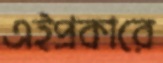
এইপ্রকারে